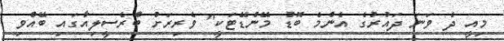
މިއީ ދެ ވަނަ ދައުރުގެ އެންމެ ބޮޑު މޭންޑޭޓަކީ" ވެރިރަށް ބްރެސީލިއާގައި ބޭއްވި